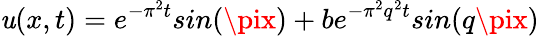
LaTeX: \mathit{u}(x,t)=e^{-\pi^{2}t}sin(\pix)+be^{-\pi^{2}q^{2}t}sin(q\pix)